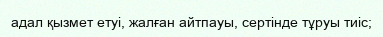
адал қызмет етуі, жалған айтпауы, сертінде тұруы тиіс;